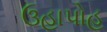
ઉહાપોહ